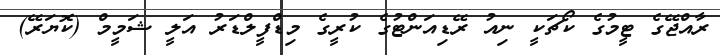
ރާއްޖޭގެ ޓީމުގެ ކޯޗަކީ ނިއު ރޭޑިއަންޓުގެ ކުރީގެ މިޑްފީލްޑަރު އަލީ ޝަމީމް (ކޮޔަރޭ)